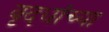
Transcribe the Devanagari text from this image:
वृदधांच्या